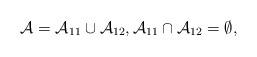
LaTeX: \begin{align*}\mathcal A=\mathcal A_{11}\cup \mathcal A_{12},\mathcal A_{11}\cap \mathcal A_{12}=\emptyset,\end{align*}